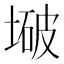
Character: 𫮒